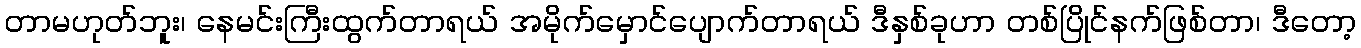
တာမဟုတ်ဘူး၊ နေမင်းကြီးထွက်တာရယ် အမိုက်မှောင်ပျောက်တာရယ် ဒီနှစ်ခုဟာ တစ်ပြိုင်နက်ဖြစ်တာ၊ ဒီတော့